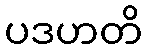
ပဒဟတိ